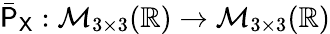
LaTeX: \bar{\mathsf{P}}_{\mathsf{X}}:\mathcal{M}_{3\times 3}(\mathbb{R})\to\mathcal{M}_{3\times 3}(\mathbb{R})